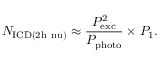
N _ { \mathrm { I C D ( 2 h \ n u ) } } \approx \frac { P _ { \mathrm { e x c } } ^ { 2 } } { P _ { \mathrm { p h o t o } } } \times P _ { \mathrm { 1 } } .